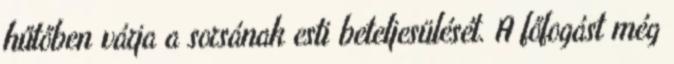
hűtőben várja a sorsának esti beteljesülését. A főfogást még